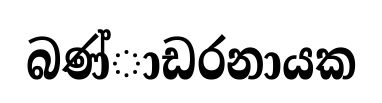
බණ්ාඩරනායක